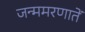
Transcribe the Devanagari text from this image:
जन्ममरणातें